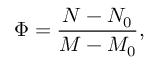
\Phi = \frac { N - N _ { 0 } } { M - M _ { 0 } } ,